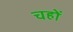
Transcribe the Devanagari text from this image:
चहों